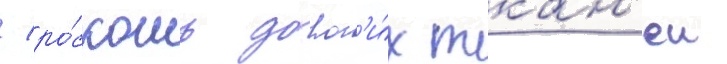
/ ро́скошь дорог'и́х ткан'еи